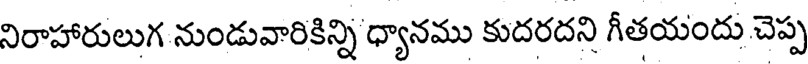
నిరాహారులుగ నుండువారికిన్ని ధ్యానము కుదరదని గీతయందు చెప్ప